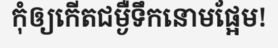
កុំឲ្យកើតជម្ងឺទឹកនោមផ្អែម!